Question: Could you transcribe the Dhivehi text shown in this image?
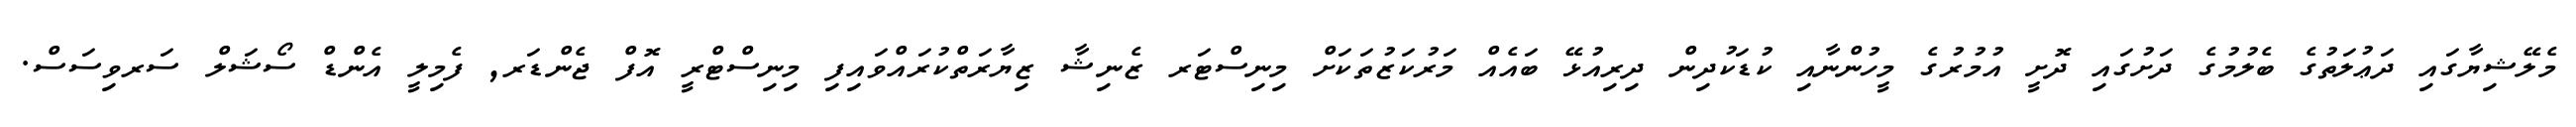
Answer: މެލޭޝިޔާގައި ދަޢުލަތުގެ ބެލުމުގެ ދަށުގައި ދޮށީ އުމުރުގެ މީހުންނާއި ކުޑަކުދިން ދިރިއުޅޭ ބައެއް މަރުކަޒުތަކަށް މިނިސްޓަރ ޒެނިޝާ ޒިޔާރަތްކުރައްވައިފި މިނިސްޓްރީ އޮފް ޖެންޑަރ, ފެމިލީ އެންޑް ސޯޝަލް ސަރވިސަސް.